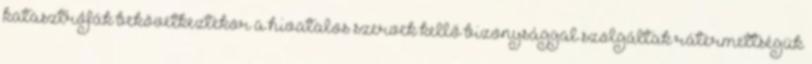
katasztrófák bekövetkeztekor a hivatalos szervek kellő bizonysággal szolgáltak rátermettségük